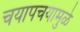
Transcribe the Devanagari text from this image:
चयापचयामुळे